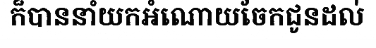
ក៏បាននាំយកអំណោយចែកជូនដល់